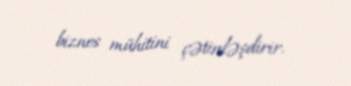
biznes mühitini çətinləşdirir.